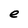
Character: e